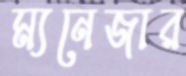
ম্যনেজার